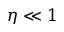
\eta \ll 1